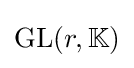
\mathrm {GL} (r,\mathbb {K} )